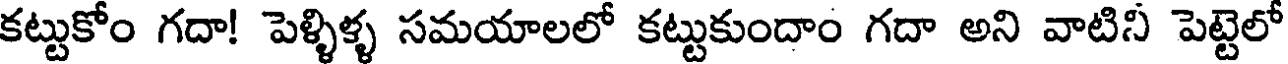
కట్టుకోం గదా! పెళ్ళిళ్ళ సమయాలలో కట్టుకుందాం గదా అని వాటిని పెట్టెలో